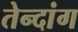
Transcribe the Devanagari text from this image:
तेन्दांग